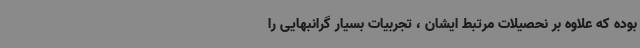
بوده که علاوه بر نحصیلات مرتبط ایشان ، تجربیات بسیار گرانبهایی را